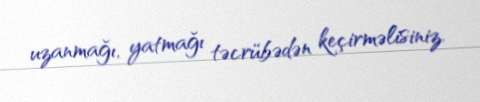
uzanmağı, yatmağı təcrübədən keçirməlisiniz.